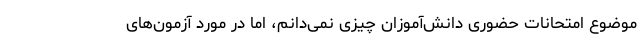
موضوع امتحانات حضوری دانش‌آموزان چیزی نمی‌دانم، اما در مورد آزمون‌های